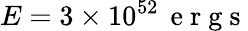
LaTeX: E=3\times 10^{52}\, \mathrm{~e~r~g~s~}